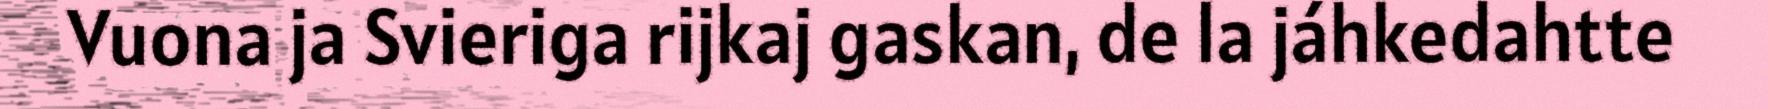
Vuona ja Svieriga rijkaj gaskan, de la jáhkedahtte